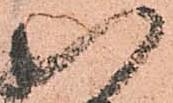
八